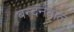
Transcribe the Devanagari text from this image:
बन्दनवाल